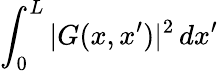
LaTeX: \int_{0}^{L}|G(x,x^{\prime})|^{2}\, dx^{\prime}